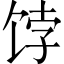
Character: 饽